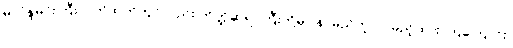
မိလိန္ဒမင်းကြီးလက်ထက်တွင်လည်း တိတ္ထိဆရာကြီးတို့မှာ နာမည်တူပင် မှည့်ထား ကြကြောင်း၊